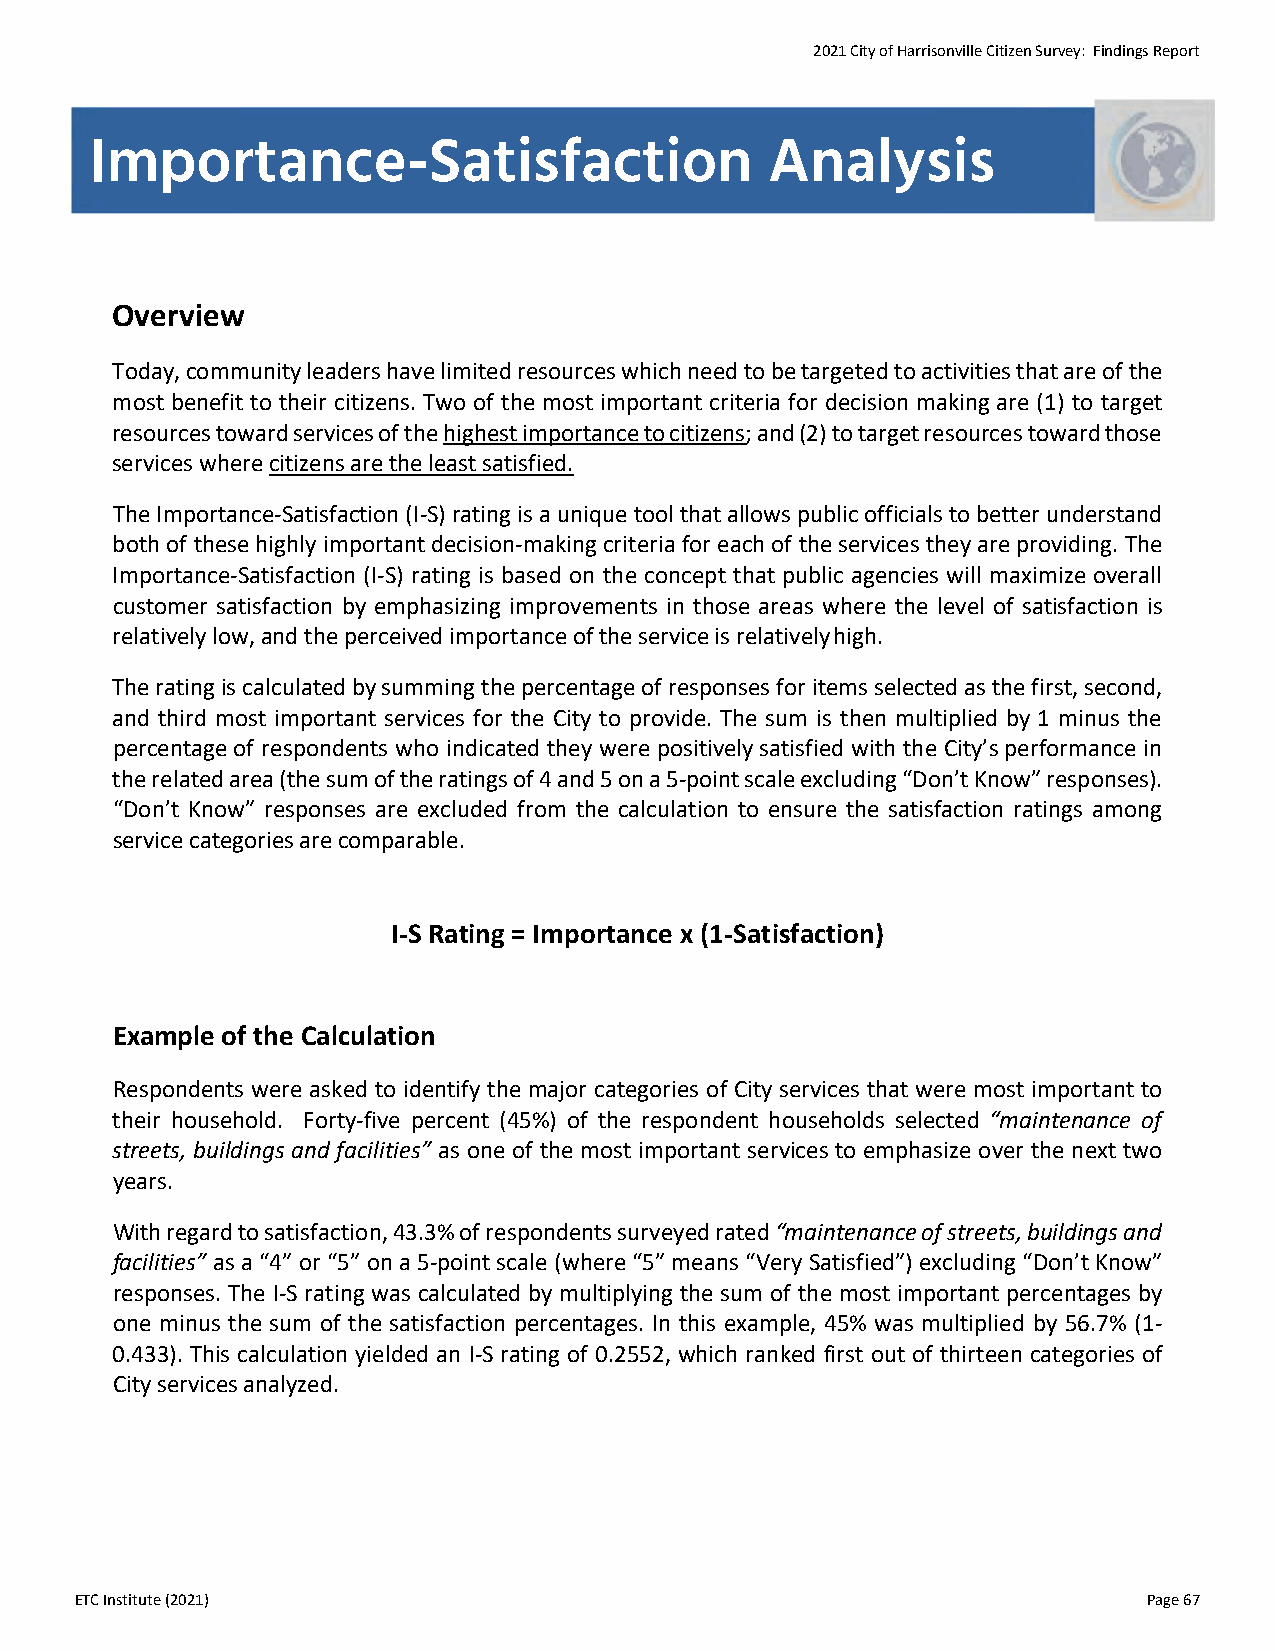
2021 City of Harrisonville Citizen Survey: Findings Report
 Importance-Satisfaction                      Analysis
 Overview
 Today, community leaders have limited resources which need to be targeted to activities that are of the
 most benefit to their citizens. Two of the most important criteria for decision making are (1) to target
 resources toward services of the highest importance to citizens; and (2) to target resources toward those
 services where citizens are the least satisfied.
 The Importance‐Satisfaction (I‐S) rating is a unique tool that allows public officials to better understand
 both of these highly important decision‐making criteria for each of the services they are providing. The
 Importance‐Satisfaction (I‐S) rating is based on the concept that public agencies will maximize overall
 customer satisfaction by emphasizing improvements in those areas where the level of satisfaction is
 relatively low, and the perceived importance of the service is relatively high.
 The rating is calculated by summing the percentage of responses for items selected as the first, second,
 and third most important services for the City to provide. The sum is then multiplied by 1 minus the
 percentage of respondents who indicated they were positively satisfied with the City’s performance in
 the related area (the sum of the ratings of 4 and 5 on a 5‐point scale excluding “Don’t Know” responses).
 “Don’t Know” responses are excluded from the calculation to ensure the satisfaction ratings among
 service categories are comparable.
 I-S Rating = Importance x (1-Satisfaction)
 Example of the Calculation
 Respondents were asked to identify the major categories of City services that were most important to
 their household. Forty‐five percent (45%) of the respondent households selected “maintenance of
 streets, buildings and facilities” as one of the most important services to emphasize over the next two
 years.
 With regard to satisfaction, 43.3% of respondents surveyed rated “maintenance of streets, buildings and
 facilities” as a “4” or “5” on a 5‐point scale (where “5” means “Very Satisfied”) excluding “Don’t Know”
 responses. The I‐S rating was calculated by multiplying the sum of the most important percentages by
 one minus the sum of the satisfaction percentages. In this example, 45% was multiplied by 56.7% (1‐
 0.433). This calculation yielded an I‐S rating of 0.2552, which ranked first out of thirteen categories of
 City services analyzed.
 ETC Institute (2021)                                                   Page 67